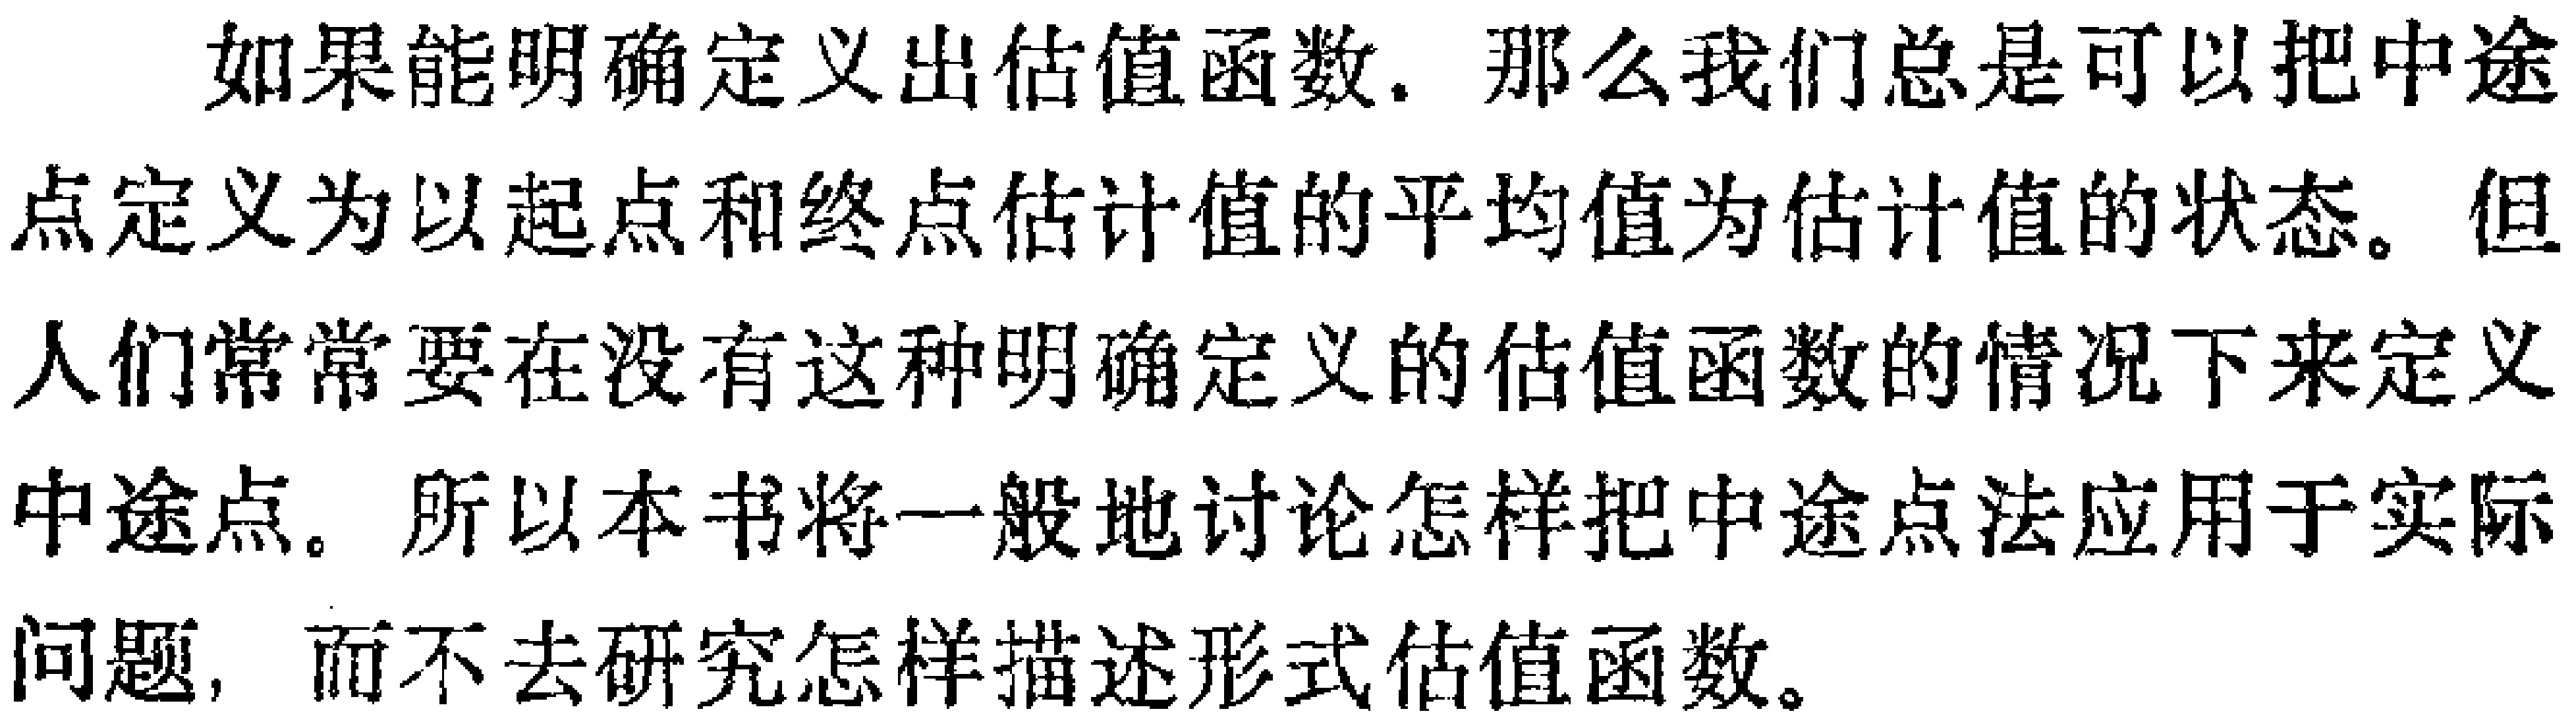
如果能明确定义出估值函数，那么我们总是可以把中途点定义为以起点和终点估计值的平均值为估计值的状态。但人们常常要在没有这种明确定义的估值函数的情况下来定义中途点。所以本书将一般地讨论怎样把中途点法应用于实际问题，而不去研究怎样描述形式估值函数。